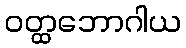
ဝတ္ထဘောဂါယ